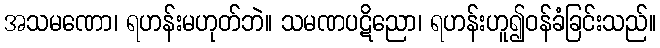
အသမဏော၊ ရဟန်းမဟုတ်ဘဲ။ သမဏပဋိညော၊ ရဟန်းဟူ၍ဝန်ခံခြင်းသည်။